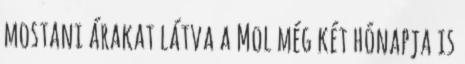
mostani árakat látva a Mol még két hónapja is